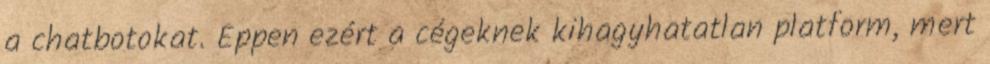
a chatbotokat. Éppen ezért a cégeknek kihagyhatatlan platform, mert